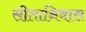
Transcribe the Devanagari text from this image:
सीतानिवास